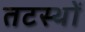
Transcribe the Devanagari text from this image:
तटस्थों